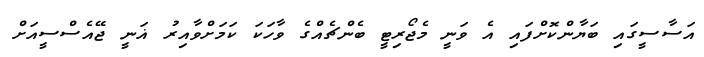
އަސާސީގައި ބަޔާންކޮށްފައި އެ ވަނީ މެޖޯރިޓީ ބެންޗެއްގެ ވާހަކަ ކަމަށްވާއިރު ޣަނީ ޖޭއެސްސީއަށް